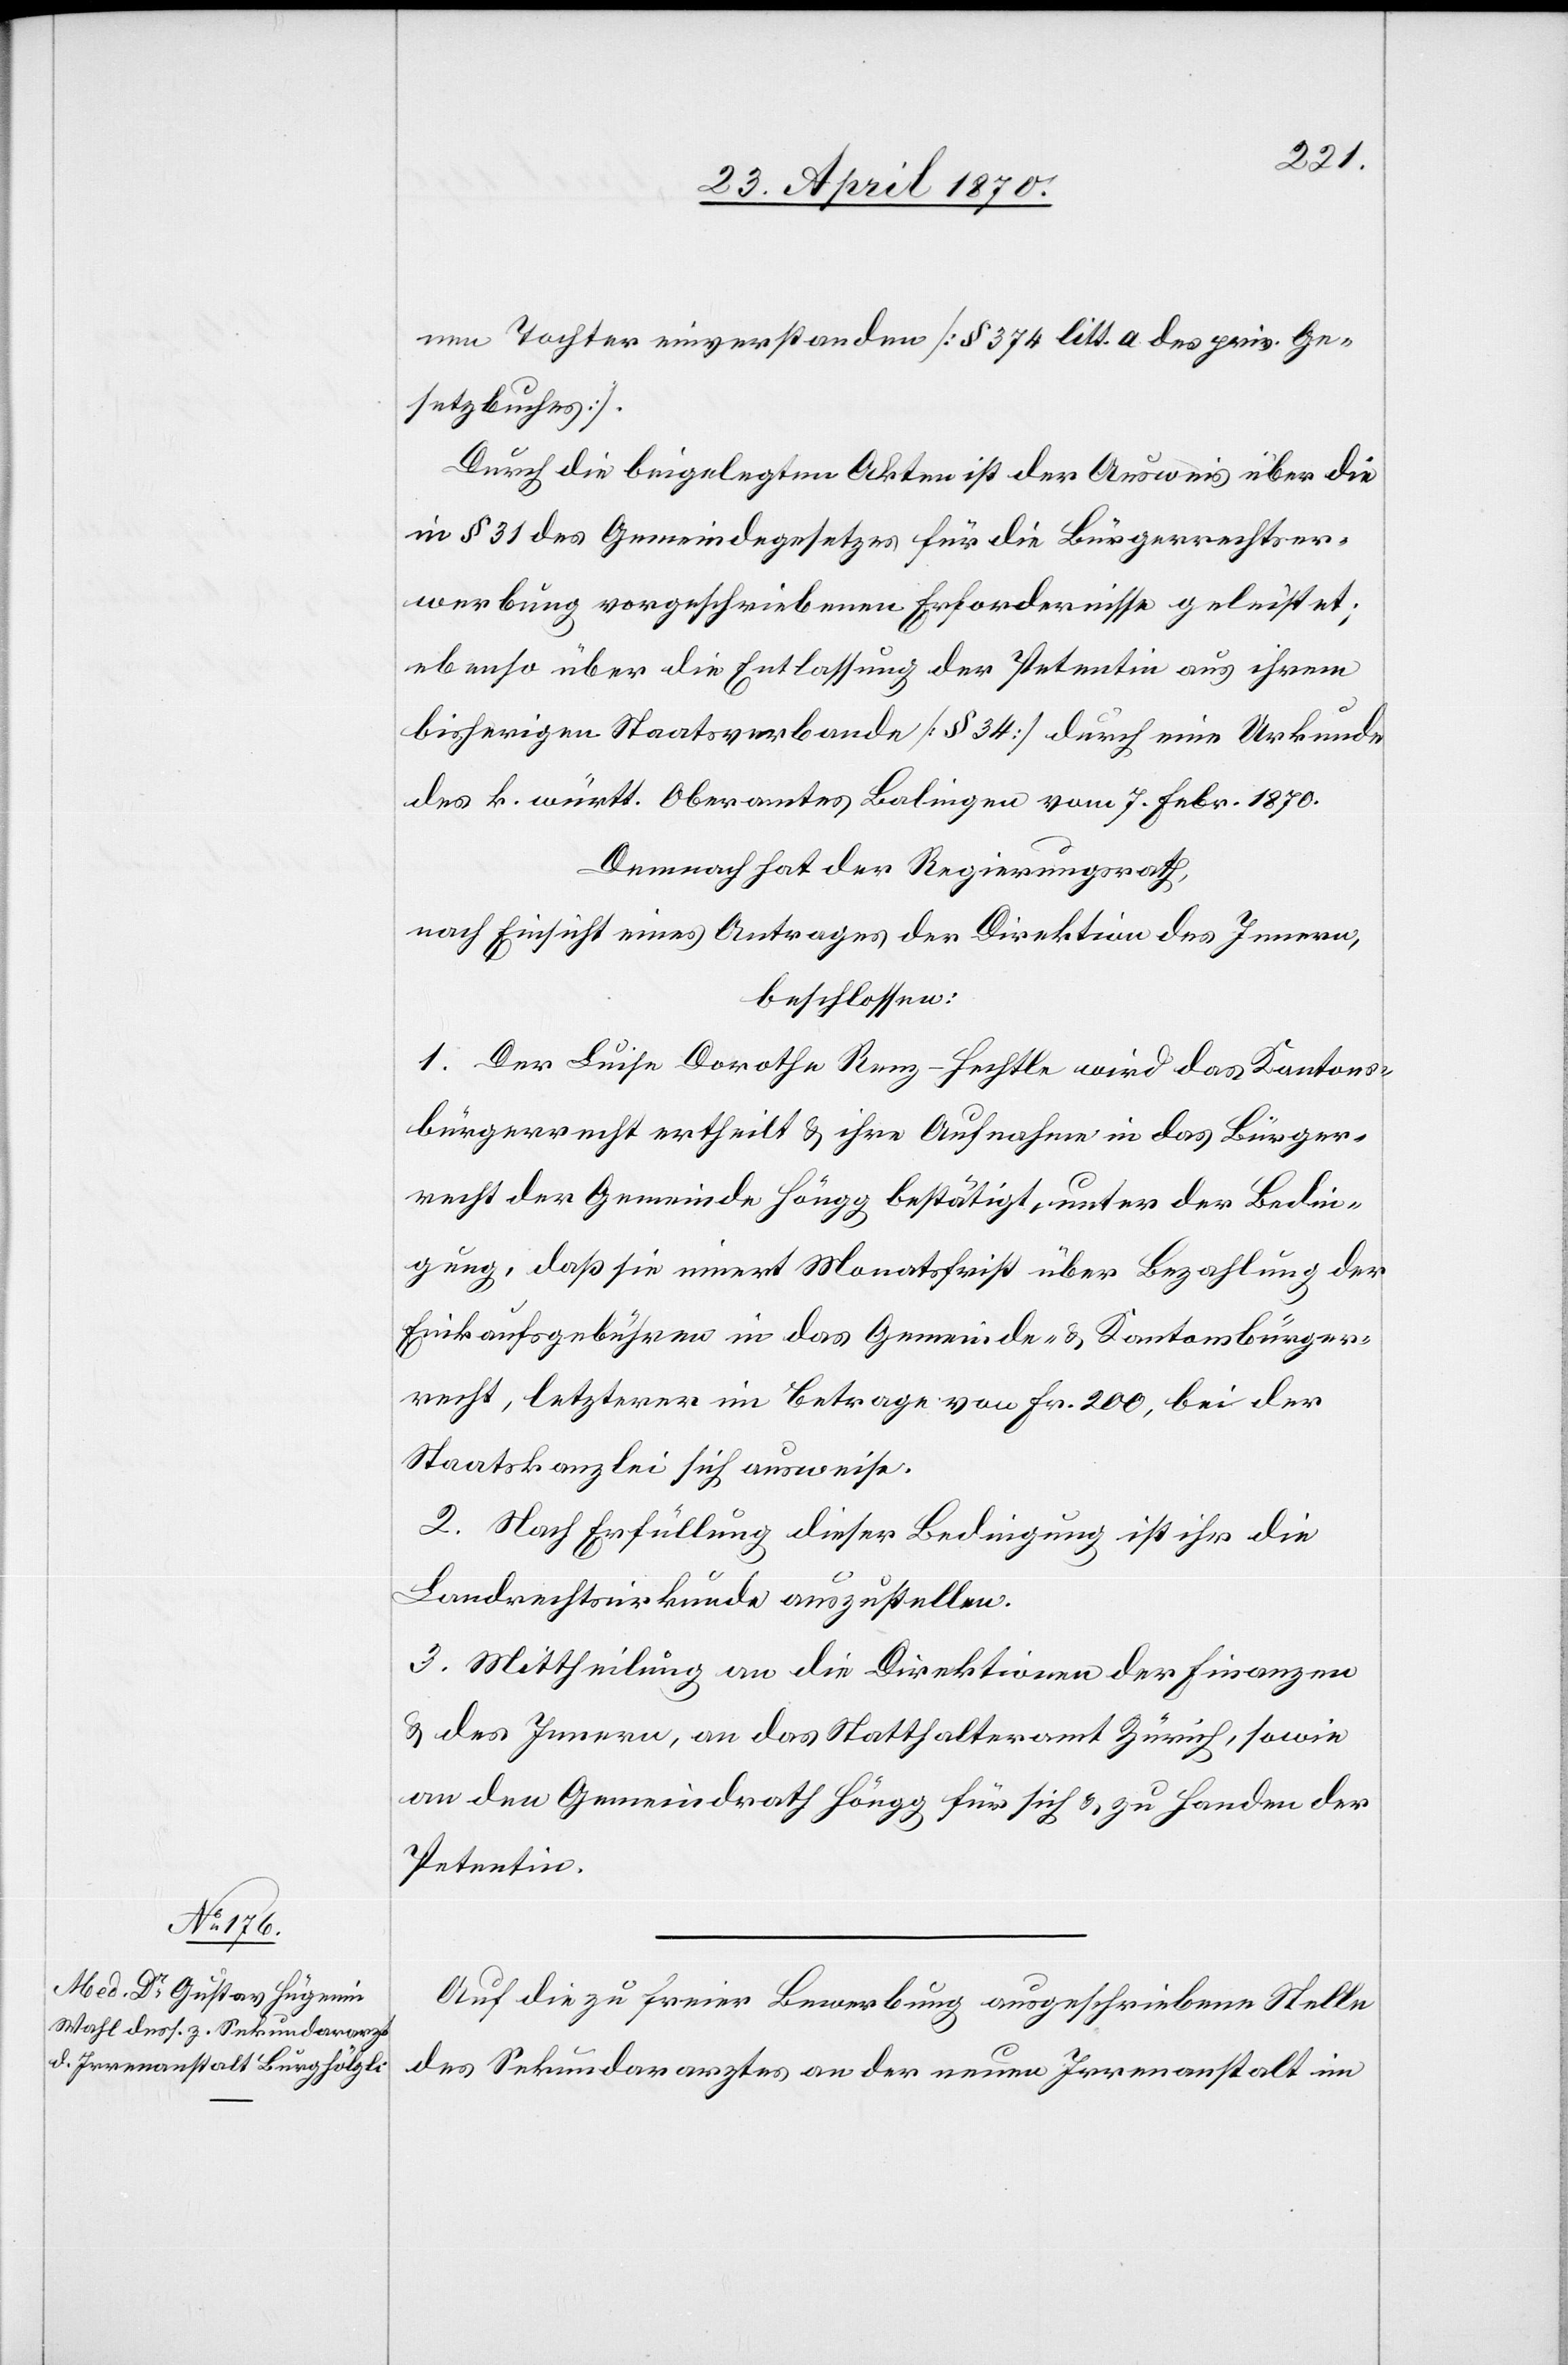
nen Tochter einverstanden [§ 374 litt. a des priv. Ge¬
setzbuches].
Durch die beigelegten Akten ist der Ausweis über die
in § 31 des Gemeindegesetzes für die Bürgerrechtser¬
werbung vorgeschriebenen Erfordernisse geleistet;
ebenso über die Entlassung der Petentin aus ihrem
bisherigen Staatsverbande [§ 34] durch eine Urkunde
des k. württ. Oberamtes Balingen vom 7. Febr. 1870.
Demnach hat der Regierungsrath,
nach Einsicht eines Antrages der Direktion des Innern,
beschlossen:
1. Der Luise Dorothe [sic!] Renz-Hechtle wird das Kantons¬
bürgerrecht ertheilt & ihre Aufnahme in das Bürger¬
recht der Gemeinde Höngg bestätigt, unter der Bedin¬
gung, daß sie innert Monatsfrist über Bezahlung der
Einkaufsgebühren in das Gemeinde- & Kantonsbürger¬
recht, letzterer im Betrage von Fr. 200, bei der
Staatskanzlei sich ausweise.
2. Nach Erfüllung dieser Bedingung ist ihr die
Landrechtsurkunde auszustellen.
3. Mittheilung an die Direktionen der Finanzen
& des Innern, an das Statthalteramt Zürich, sowie
an den Gemeindrath Höngg für sich & zu Handen der
Petentin.
Auf die zu freier Bewerbung ausgeschriebene Stelle
des Sekundararztes an der neuen Irrenanstalt im